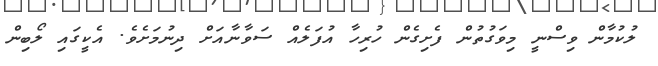
ލުކުމާން ވިސްނީ މިވަގުތުން ފެށިގެން ހުރިހާ އުފަލެއް ސަވާނާއަށް ދިނުމަށެވެ. އެކީގައި ލޯބިން